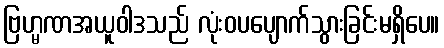
ဗြဟ္မဏအယူဝါဒသည် လုံးဝပပျောက်သွားခြင်းမရှိပေ။